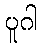
ပူဂါ